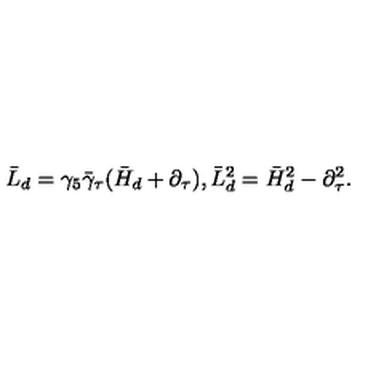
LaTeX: \bar { L } _ { d } = \gamma _ { 5 } \bar { \gamma } _ { \tau } ( \bar { H } _ { d } + \partial _ { \tau } ) , \bar { L } _ { d } ^ { 2 } = \bar { H } _ { d } ^ { 2 } - \partial _ { \tau } ^ { 2 } .